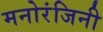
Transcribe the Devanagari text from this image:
मनोरंजिनी